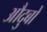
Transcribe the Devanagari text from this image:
औदुबों